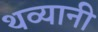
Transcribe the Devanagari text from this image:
थव्यानी